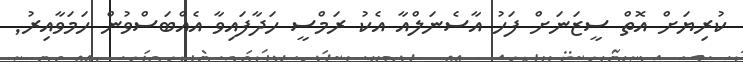
ކުރިޔަށް އޮތް ސީޒަނަށް ފަހު އާސެނަލްއާ އެކު ރަމްސީ ހަދާފައިވާ އެއްބަސްވުން ހަމަވާއިރު